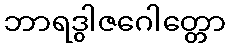
ဘာရဒွါဇဂေါတ္တော